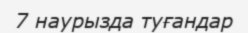
7 наурызда туғандар